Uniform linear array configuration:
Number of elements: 4
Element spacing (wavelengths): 0.75
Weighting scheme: hamming
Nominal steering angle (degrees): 30
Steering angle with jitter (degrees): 31.565
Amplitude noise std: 0.05
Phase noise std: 0.05

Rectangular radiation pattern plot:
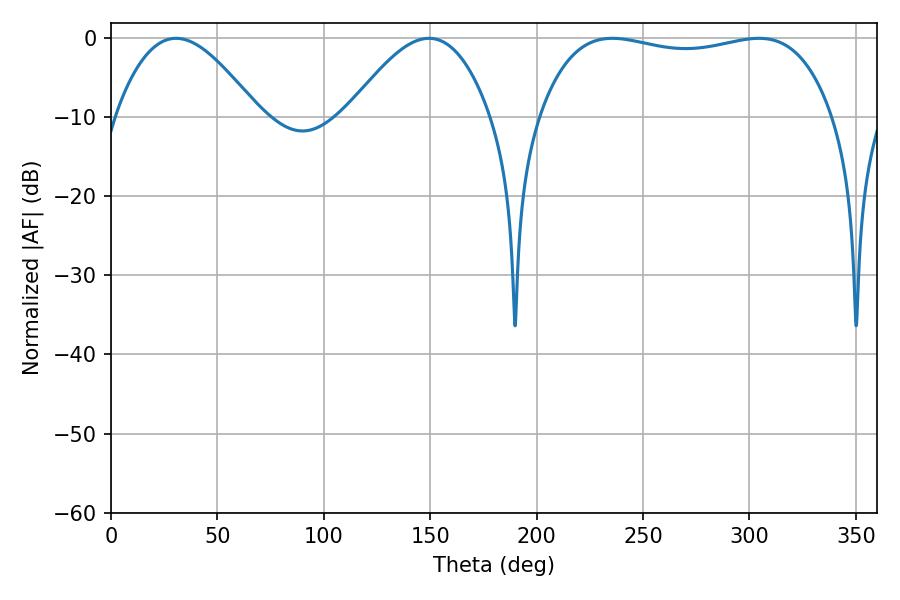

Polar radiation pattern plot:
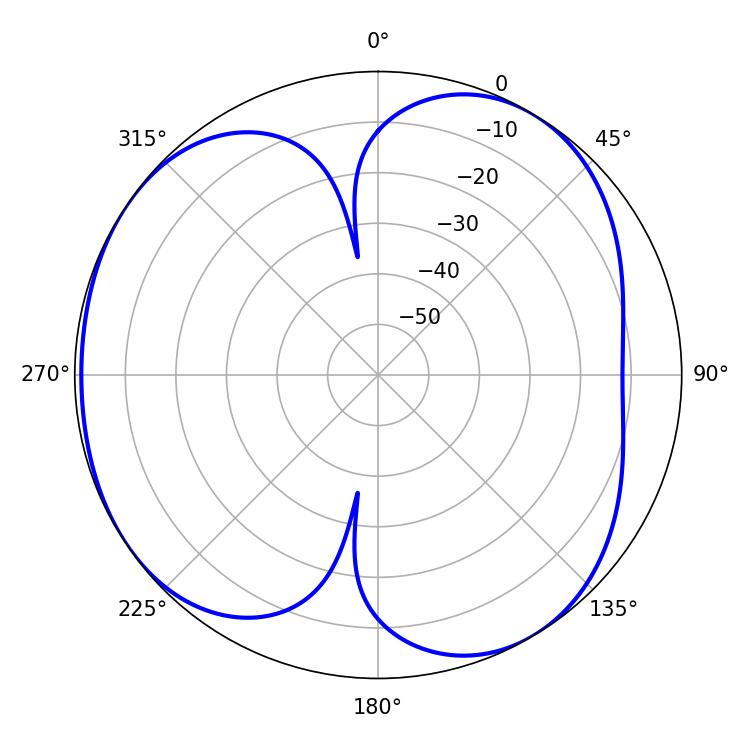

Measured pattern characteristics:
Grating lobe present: TRUE
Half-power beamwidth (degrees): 36.36
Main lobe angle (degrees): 30.6